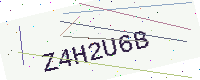
Text: Z4H2U6B